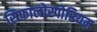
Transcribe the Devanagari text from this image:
सिफालोस्पोरियम